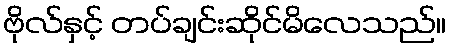
ဗိုလ်နှင့် တပ်ချင်းဆိုင်မိလေသည်။